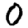
Digit: 0